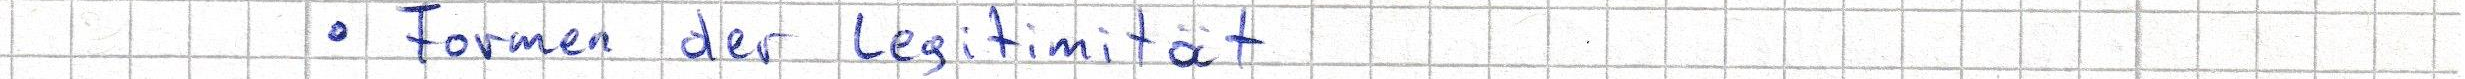
Formen der Legitimität